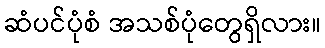
ဆံပင်ပုံစံ အသစ်ပုံတွေရှိလား။